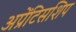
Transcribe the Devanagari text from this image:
अप्रेंटिसशिप